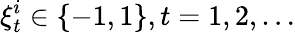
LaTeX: \xi_{t}^{i}\in\{ -1,1\} ,t=1,2,\ldots